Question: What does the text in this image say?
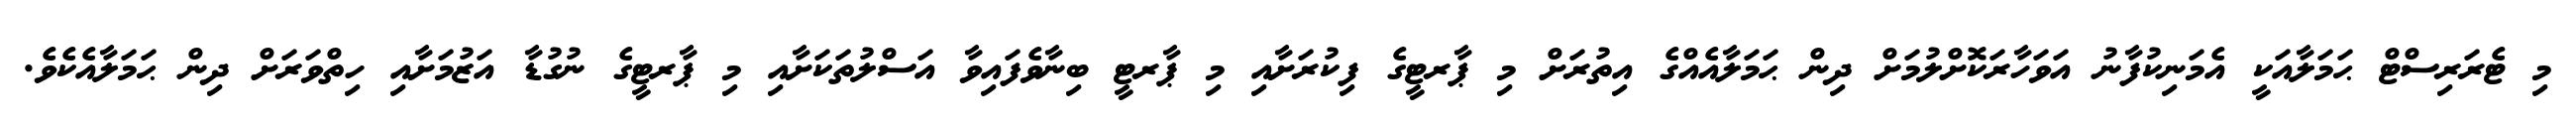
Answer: މި ޓެރަރިސްޓް ޙަމަލާއަކީ އެމަނިކުފާނު އަވަހާރަކޮށްލުމަށް ދިން ޙަމަލާއެއްގެ އިތުރަށް މި ޕާރޓީގެ ފިކުރަށާއި މި ޕާރޓީ ބިނާވެފައިވާ އަސްލުތަކަށާއި މި ޕާރޓީގެ ނުގުޑާ އަޒުމަށާއި ހިތްވަރަށް ދިން ޙަމަލާއެކެވެ.